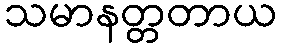
သမာနတ္တတာယ